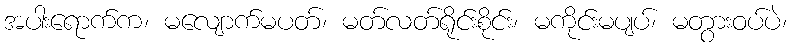
အပါးရောက်က၊ မလျောက်မပတ်၊ မတ်လတ်ရိုင်းစိုင်း၊ မကိုင်းမပျပ်၊ မတွားဝပ်ပဲ၊